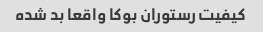
کیفیت رستوران بوکا واقعا بد شده